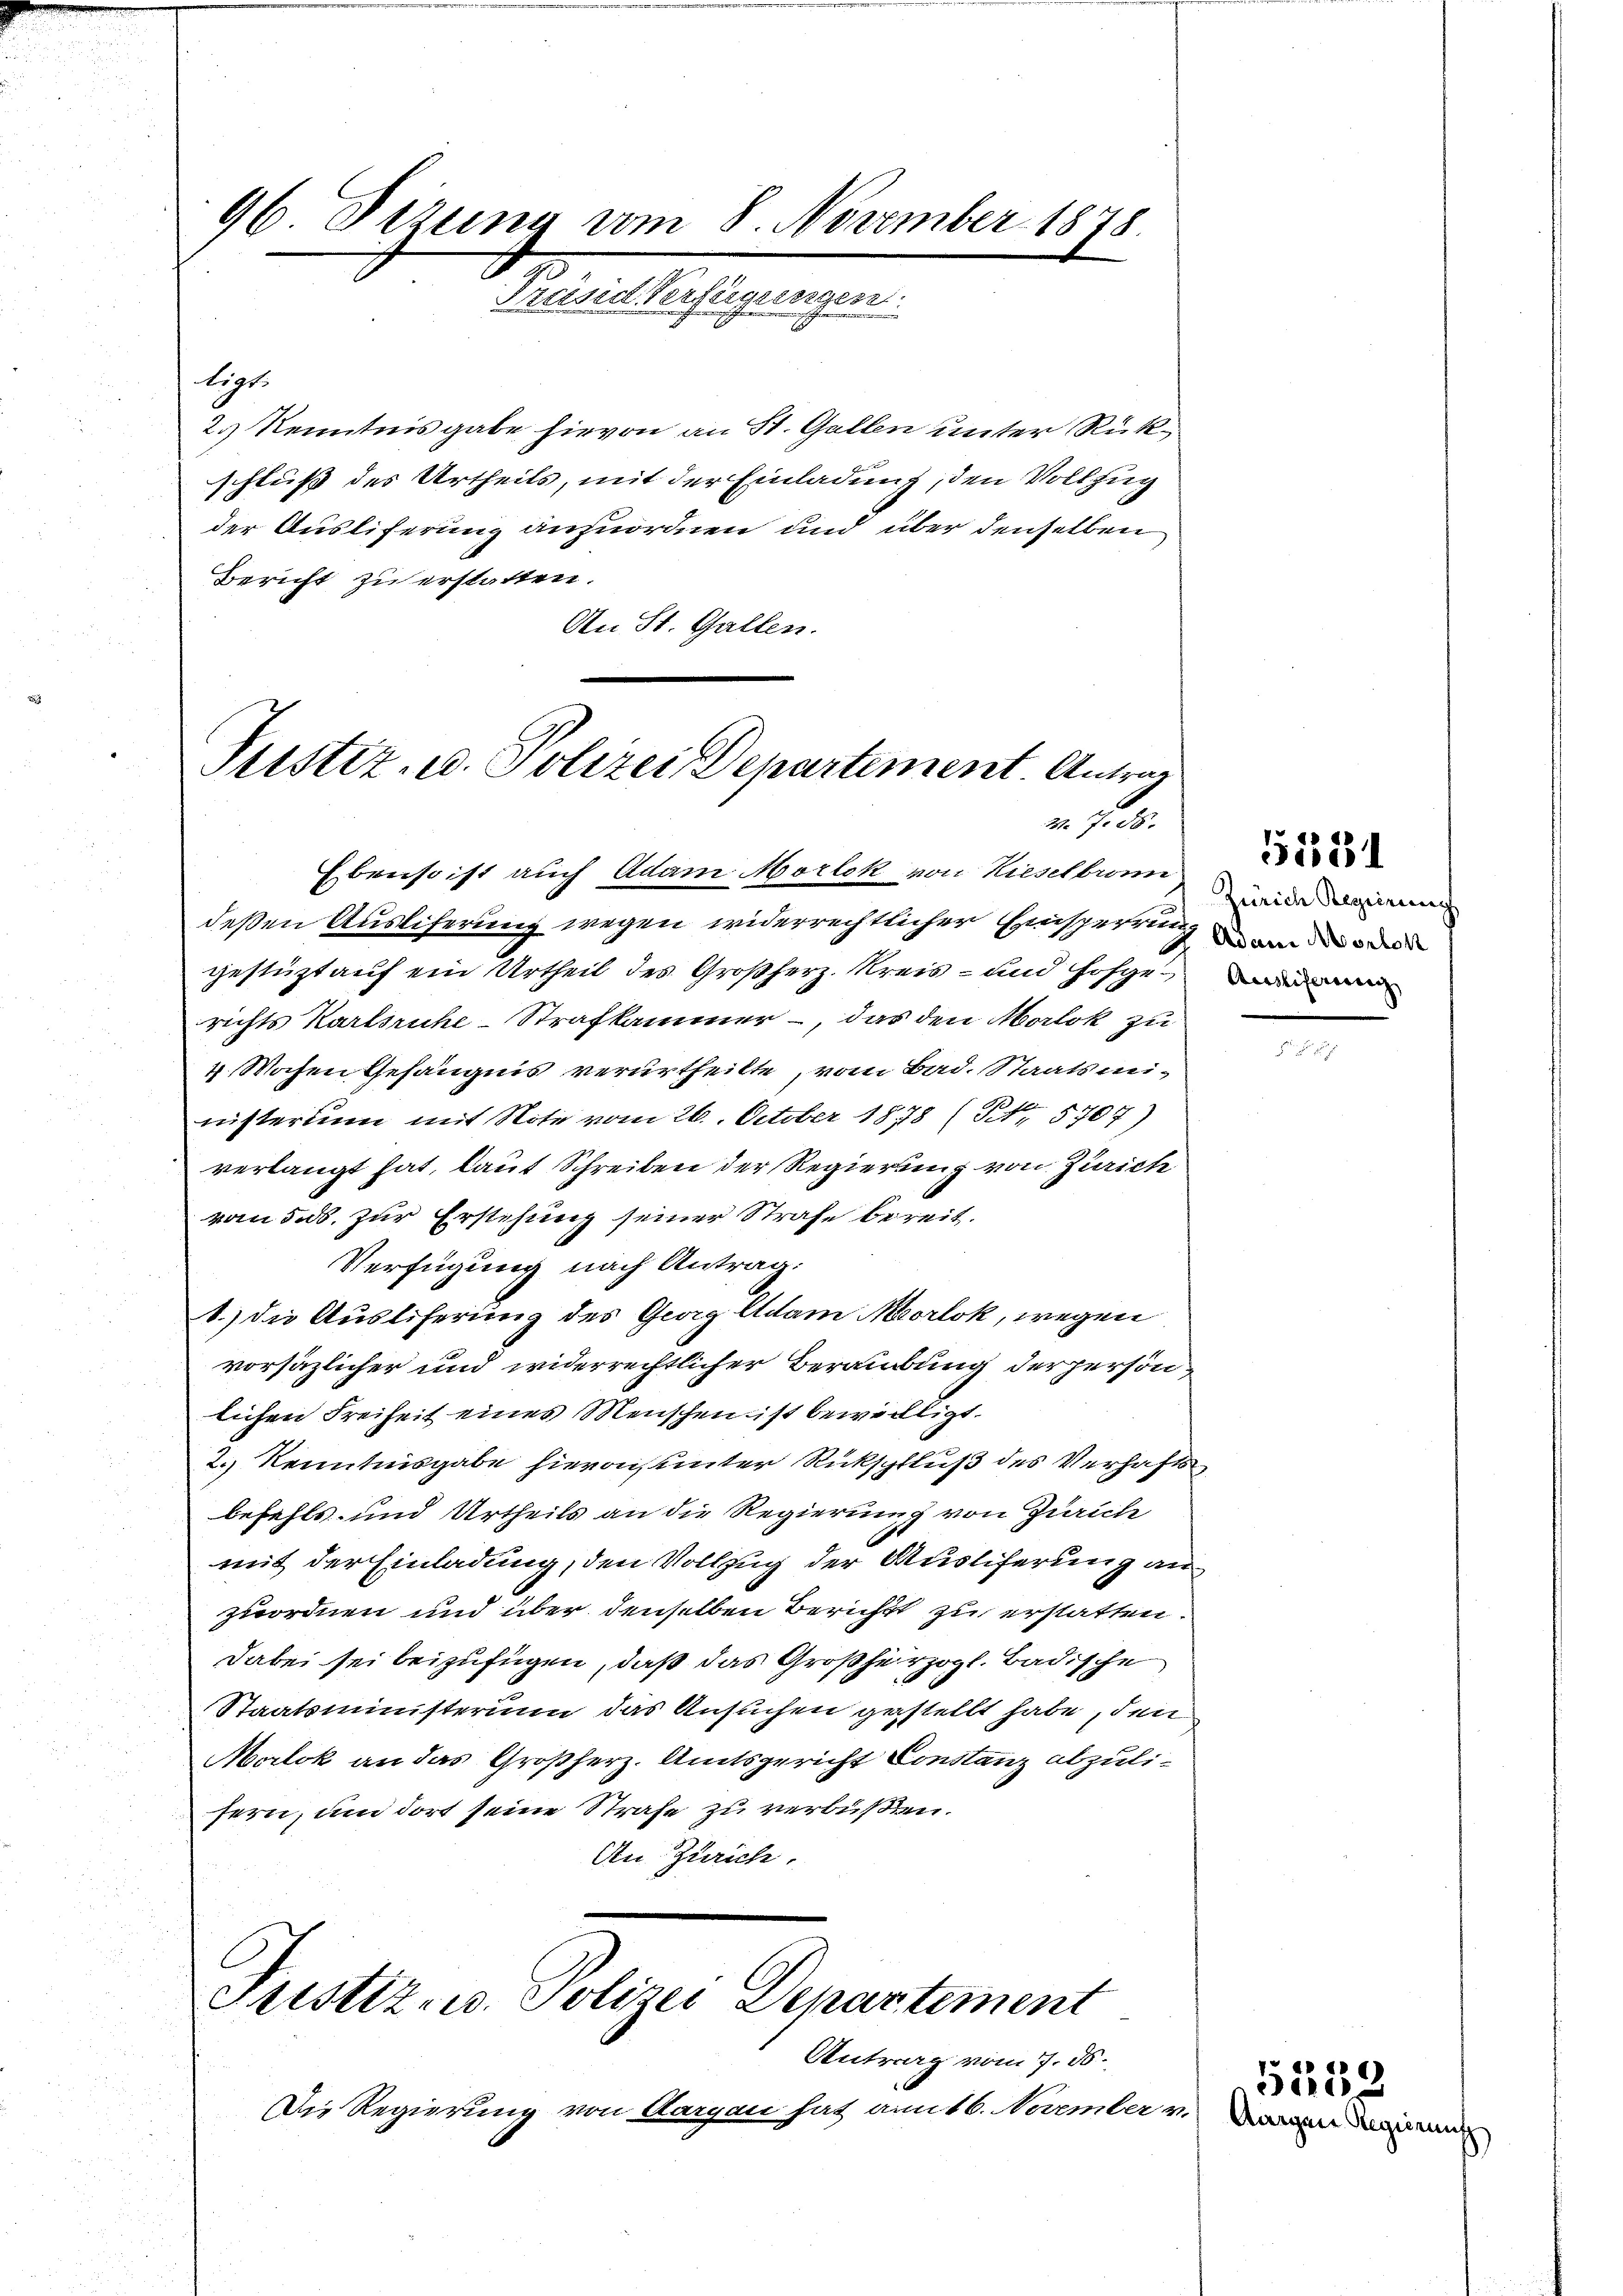
96 Dizung vom 8. November 1878
Präsid Verfügungen.

ligt.
2.) Kenntnis gabe hievon an St. Gallen unter Rükschluß des Urtheils, mit der Einladung, den Vollzug
der Auslieferung anzuordnen und über denselben
Bericht zu erstatten.
An St. Gallen.

Justiz- u. Polizei Departement. Antrag
 . 38.

Justiz- u. Polizei Departement

Ebenso ist auch Adam Morlok von Kieselbronn

Antrag vom 7. ds.
Die Regierung von Aargau hat amit 6. November v. an den an

deßen Auslieferung wegen widerrechtlicher Einsperrung um des
gestüzt auf ein Urtheil des Großherz. Kreis- und Hofgerichts Karlsruhe-Strafkammer -, das den Malok zu
4 Wochen Gefängnis verurtheilte, vom Bad. Staatsmi-
nisterium mit Note vom 26. October 1878 (S. 5707)
verlangt hat, laut Schreiben der Regierung von Zürich
vom 5. ds. zur Erstehung seiner Strafe bereit¬
Verfügung nach Antrag:
1.) Die Auslieferung des Georg Adam Morlok, wegen
vorsäzlicher und widerrechtlicher Beraubung der persönlichen Freiheit eines Menschen ist beweiligt.
2.) Kenntnisgabe hievon unter Rückschluß des Verhafts
befehls und Urtheils an die Regierung von Zürich
mit der Einladung, den Vollzug der Auslieferung an
zuordnen und über denselben Bericht zu erstatten.
Dabei sei beizufügen, daß das Großherzogl. Badische
Staatsministerium das Ansuchen gestellt habe, den
Morlok an das Großherz. Amtsgericht Constanz abzulifern, um dort seine Strafe zu verbüßen.
An Zürich

Zürich Regierung

g
sa

51534